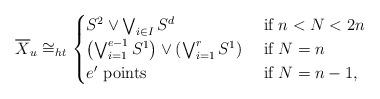
LaTeX: \begin{align*} \overline X_u \cong_{ht} \begin{cases} S^2 \vee \bigvee_{i\in I} S^{d} & \textnormal{ if } n < N<2n \\ \left(\bigvee_{i=1}^{e-1} S^1\right)\vee\left( \bigvee_{i=1}^r S^{1} \right) & \textnormal{ if } N = n \\ e' \textnormal{ points} & \textnormal{ if } N = n-1, \end{cases} \end{align*}